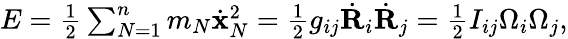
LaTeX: \begin{array}{r}{E=\frac 12\sum_{N=1}^{n}m_{N}\dot{\mathbf x}_{N}^{2}=\frac 12g_{ij}\dot{\mathbf R}_{i}\dot{\mathbf R}_{j}=\frac 12I_{ij}\Omega_{i}\Omega_{j},}\end{array}